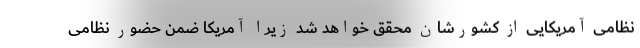
نظامی آمریکایی از کشورشان محقق خواهد شد زیرا آمریکا ضمن حضور نظامی